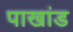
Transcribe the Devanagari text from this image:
पाखांड